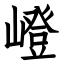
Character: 嶝